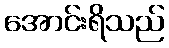
အောင်းရိသည်